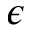
\epsilon